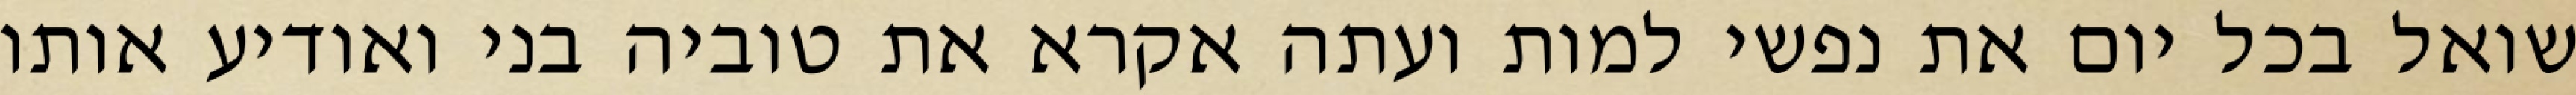
שואל בכל יום את נפשי למות ועתה אקרא את טוביה בני ואודיע אותו